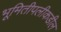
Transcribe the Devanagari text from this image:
भूमितीपलीकडील